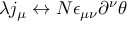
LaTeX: \lambda j _ { \mu } \leftrightarrow N \epsilon _ { \mu \nu } \partial ^ { \nu } \theta